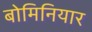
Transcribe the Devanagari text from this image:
बोमिनियार